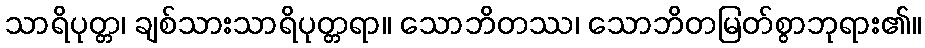
သာရိပုတ္တ၊ ချစ်သားသာရိပုတ္တရာ။ သောဘိတဿ၊ သောဘိတမြတ်စွာဘုရား၏။